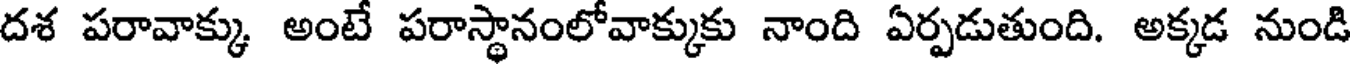
దశ పరావాక్కు అంటే పరాస్థానంలోవాక్కుకు నాంది ఏర్పడుతుంది. అక్కడ నుండి